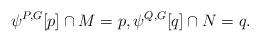
LaTeX: \begin{align*}\psi^{P,G}[ p] \cap M = p, \psi^{Q,G}[ q] \cap N = q. \end{align*}